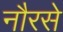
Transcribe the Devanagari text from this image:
नौरसे